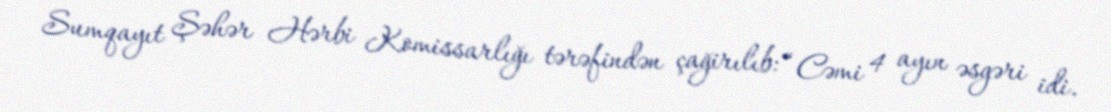
Sumqayıt Şəhər Hərbi Komissarlığı tərəfindən çağirılıb: “Cəmi 4 ayın əsgəri idi.